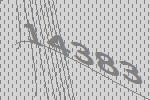
14383